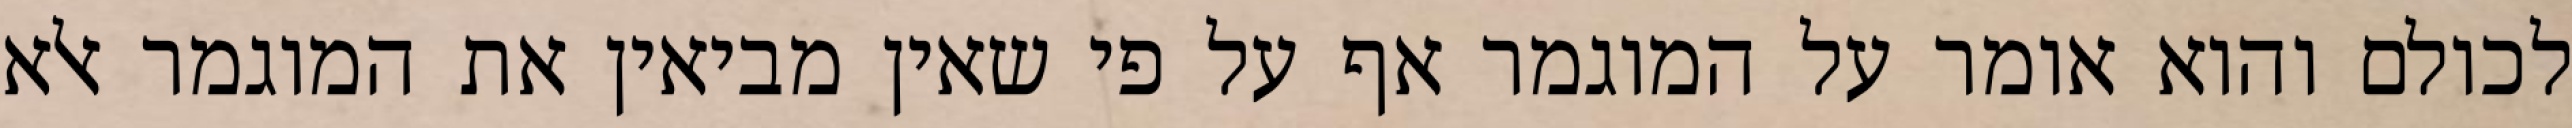
לכולם והוא אומר על המוגמר אף על פי שאין מביאין את המוגמר אלא